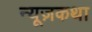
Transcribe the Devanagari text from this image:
न्यूज़कथा